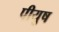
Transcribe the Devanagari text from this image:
पीयुष